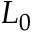
L _ { 0 }